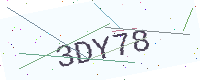
Text: 3DY78